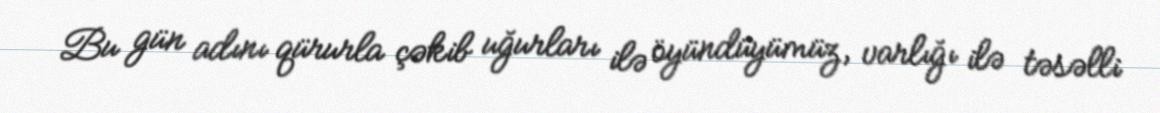
Bu gün adını qürurla çəkib uğurları ilə öyündüyümüz, varlığı ilə təsəlli